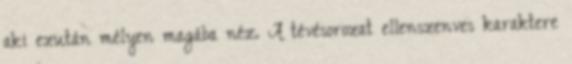
aki ezután mélyen magába néz. A tévésorozat ellenszenves karaktere